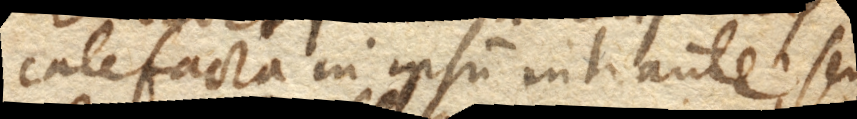
calefacta in ipsum intrante, sed